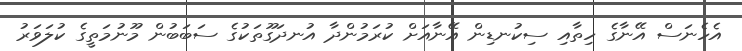
އެހެނަސް އޭނާގެ ހިތާއި ސިކުނޑިން އޭނާއަށް ކުރަމުންދާ އުނދަގޫތަކުގެ ސަބަބުން މޫނުމަތީގެ ކުލަވަރު